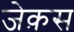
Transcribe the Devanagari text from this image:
जेक़स